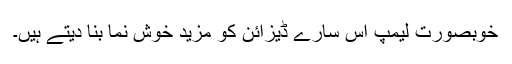
خوبصورت لیمپ اِس سارے ڈیزائن کو مزید خوش نما بنا دیتے ہیں۔